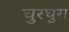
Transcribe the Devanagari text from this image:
घुरघुरा